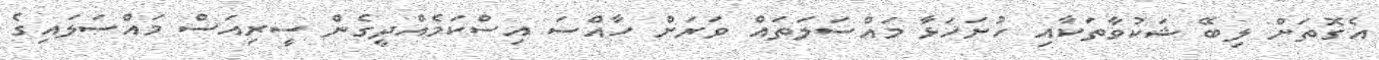
އެގޮތަށް ލިބޭ ޝަކުވާތަކާއި ހުށަހަޅާ މައްސަލަތައް ވަރަށް ހާއްސަ އިސްކަމެއްދީގެން ސީރިއަސް މައްސަލައިގެ